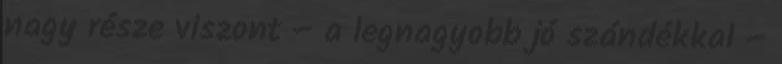
nagy része viszont – a legnagyobb jó szándékkal –